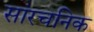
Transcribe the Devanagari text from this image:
सांरचनिक